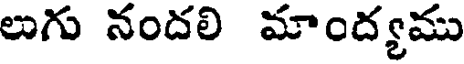
లుగు నందలి మాంద్యము